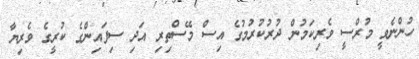
ހުންނެވީ މުރްސީ ވެރިކަމުން ދުރުކުރުމުގެ އިސް މޭސްތިރި އަދި ސިފައިންގެ ކުރީގެ ވެރިޔާ